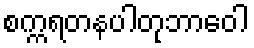
စက္ကရတနပါတုဘာဝေါ